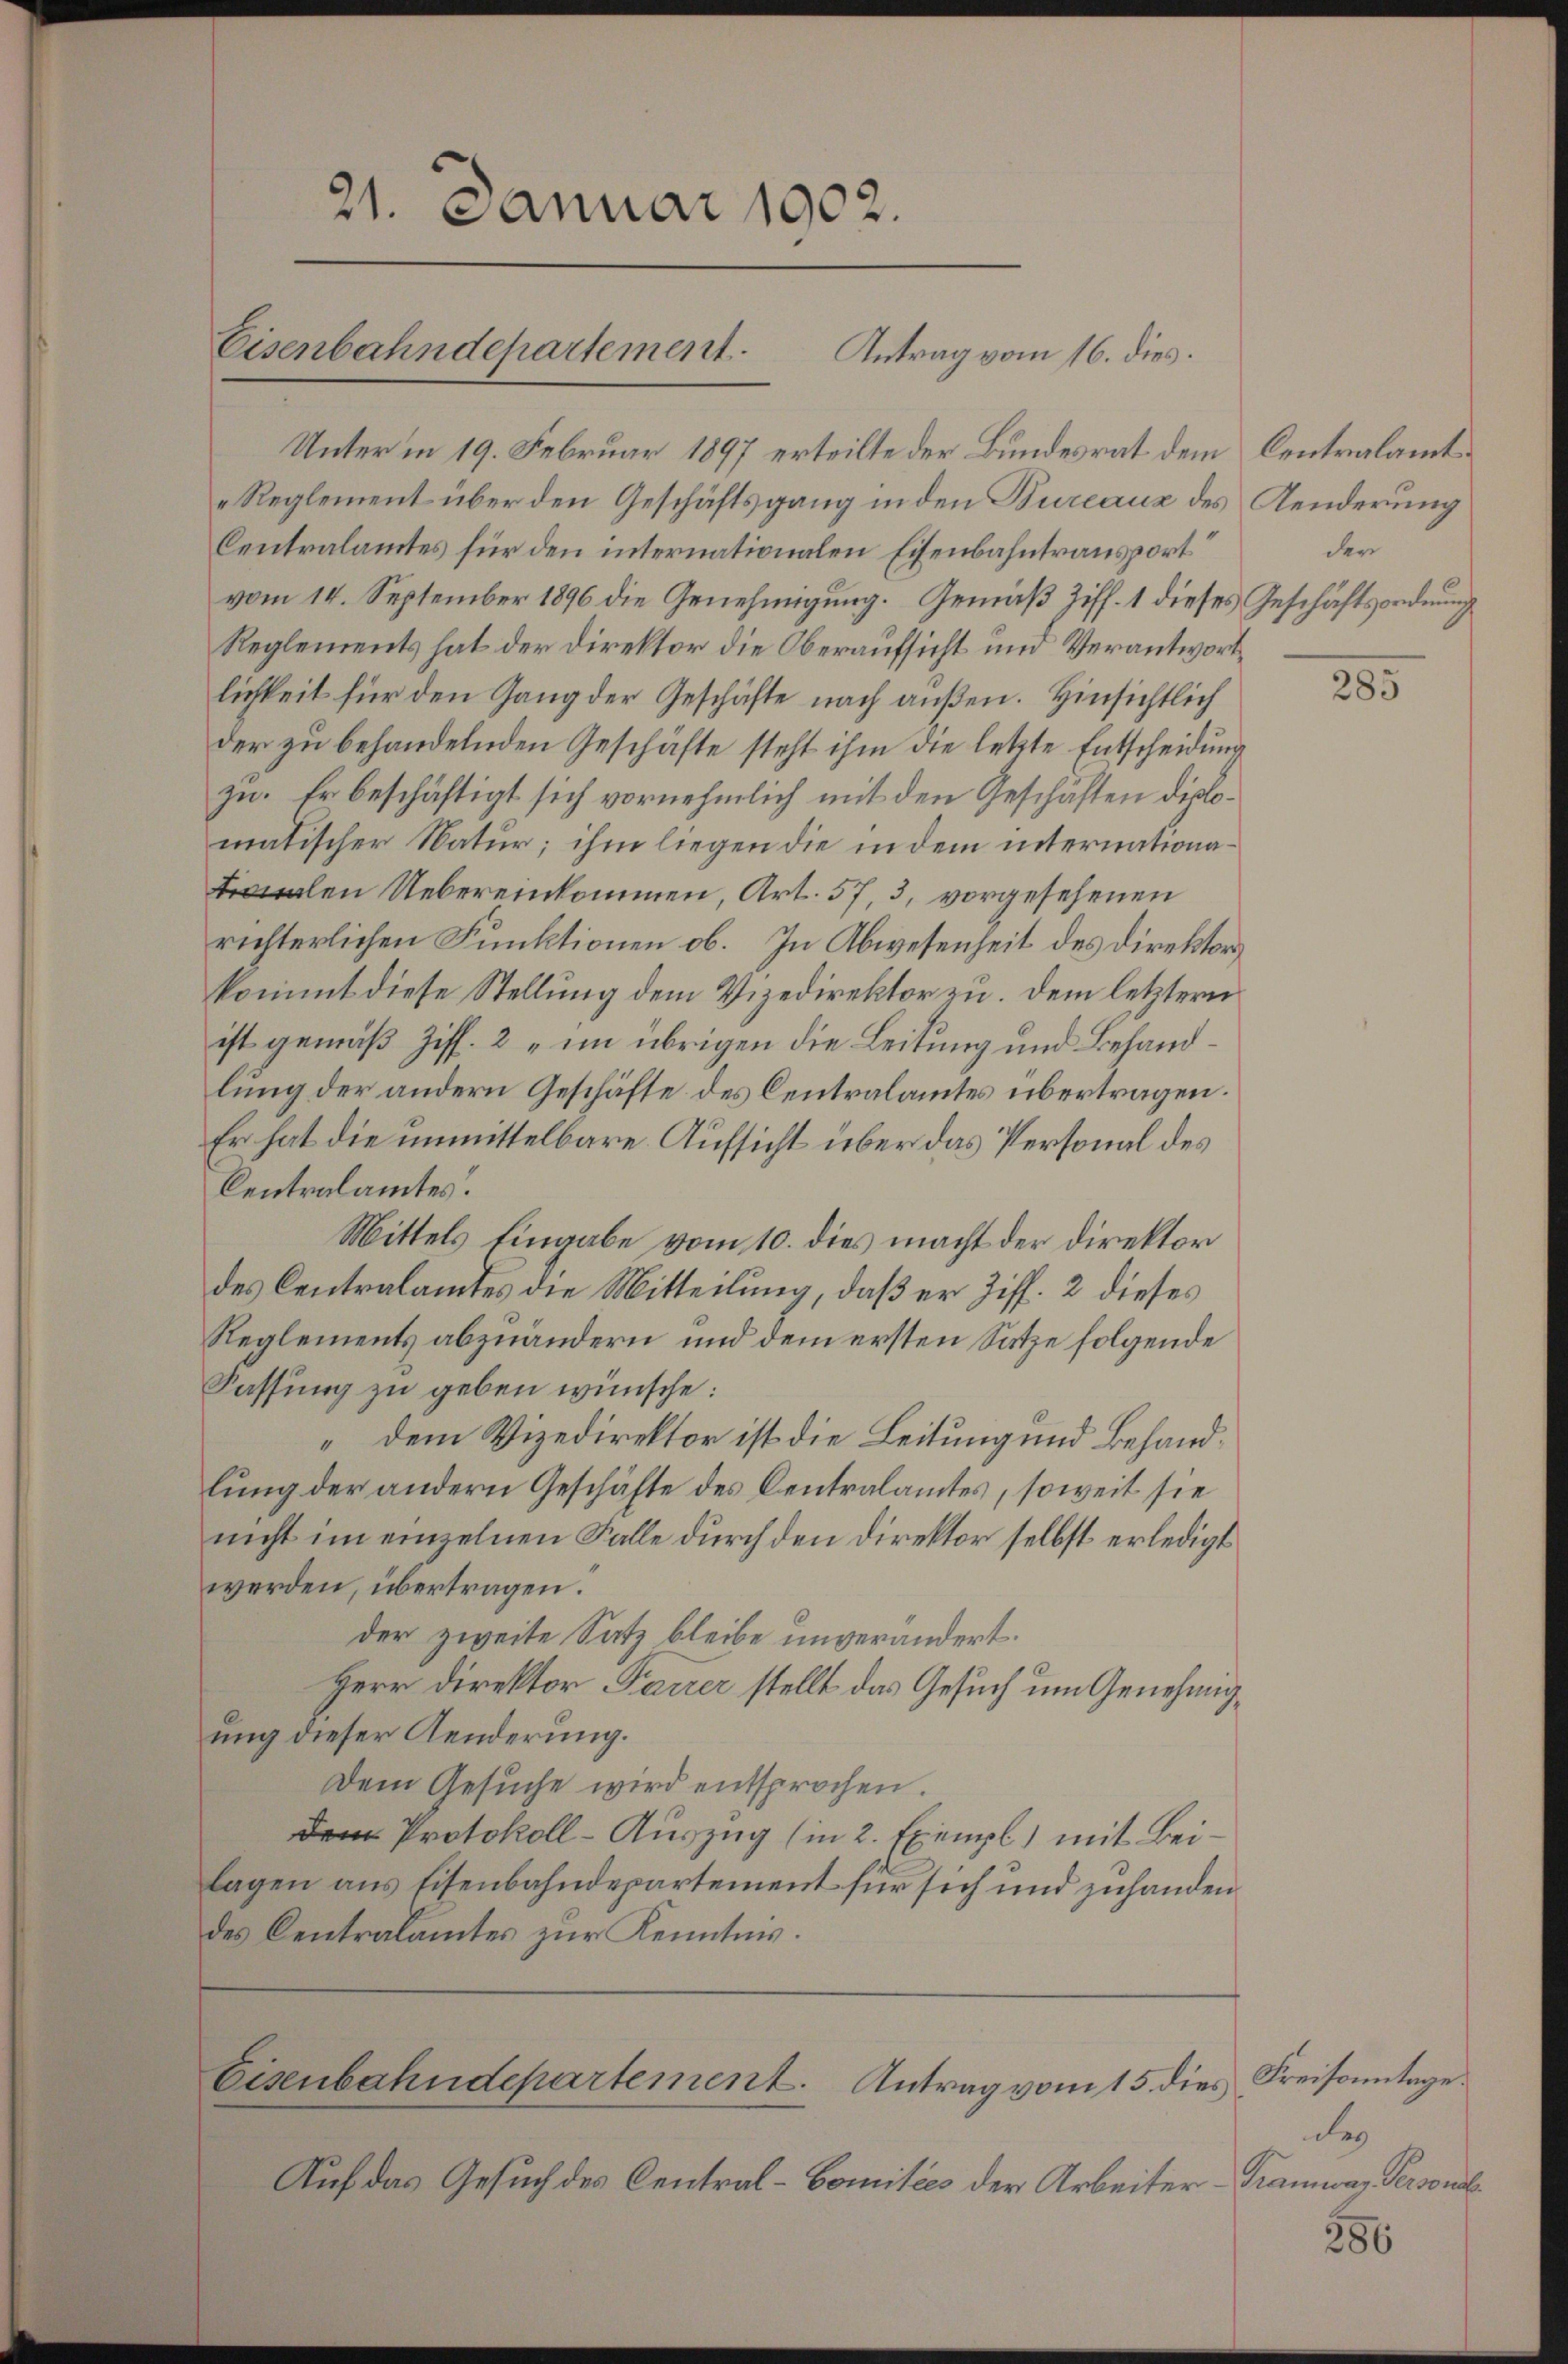
21. Januar 1902.
Eisenbahndepartement Antrag vom 16. dies.

Reglement über den Geschäftsgang in den Bureaux des Aenderung
Centralamtes für den internationalen Eisenbahntransport“
vom 14. September 1896 die Genehmigung. Gemäß Ziff. 1 dieses Geschäftsordnung
Reglements hat der Direktor die Oberaufsicht und Verantwortlichkeit für den Gang der Geschäfte nach außen. Hinsichtlich
der zu behandelnden Geschäfte steht ihm die letzte Entscheidung
zu. Er beschäftigt sich vornehmlich mit den Geschäften diplomatischer Natur; ihm liegen die in dem internationaalen Uebereinkommen, Art. 57, 3, vorgesehenen
richterlichen Funktionen ob. In Abwesenheit des Direktors
kommt diese Stellung dem Vizedirektor zu. Dem letztern
ist gemäß Ziff. 2 im übrigen die Leitung und Behandlung der andern Geschäfte des Centralamtes übertragen.
Er hat die unmittelbare Aufsicht über das Personal des
Centralamtes.
Mittels Eingabe vom 10. dies macht der Direktor
des Centralamtes die Mitteilung, daß er Ziff. 2 dieses
Reglements abzuändern und dem ersten Satze folgende
Fassung zu geben wünsche:
„dem Vizedirektor ist die Leitung und Behandlung der andern Geschäfte des Centralamtes, soweit sie
nicht im einzelnen Falle durch den Direktor selbst erledigt
werden, übertragen.
der zweite Satz bleibe unverändert.
Herr Direktor Parrer stellt das Gesuch um Genehmigung dieser Aenderung.
Dem Gesŭche wird entsprochen.
dem Protokoll-Auszug (in 2 Exempl) mit Beilagen aus Eisenbahndepartement für sich und zuhanden
des Centralamtes zur Kenntnis.

Eisenbahndepartement. Antrag vom 15. dies Kreisonntage.

Auf das Gesuch des Central-Comitées der Arbeiter Tramway Personal¬

Unter in 19. Februar 1897 erteilte der Bundesrat dem Centralamt¬

der

285

des

286